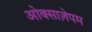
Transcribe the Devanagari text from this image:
ओक्साज़ेपम